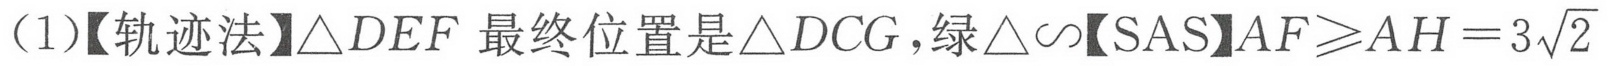
(1)【轨迹法】\(\triangle DEF\) 最终位置是\(\triangle DCG\)，绿\(\triangle\sim\)【SAS】\(AF\geqslant AH = 3\sqrt{2}\)